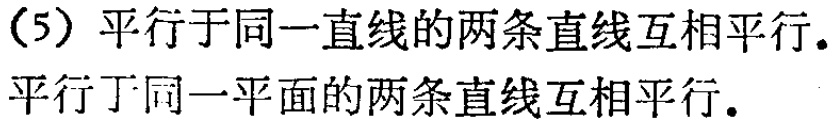
（5）平行于同一直线的两条直线互相平行.
平行于同一平面的两条直线互相平行.